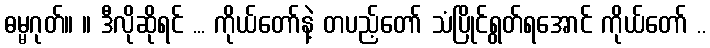
ဓမ္မဂုတ်။ ။ ဒီလိုဆိုရင် ... ကိုယ်တော်နဲ့ တပည့်တော် သံပြိုင်ရွတ်ရအောင် ကိုယ်တော် ..